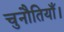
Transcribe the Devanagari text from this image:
चुनौतियाँ।